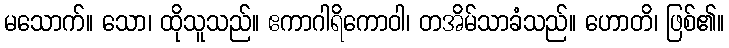
မသောက်။ သော၊ ထိုသူသည်။ ဧကာဂါရိကောဝါ၊ တအိမ်သာခံသည်။ ဟောတိ၊ ဖြစ်၏။